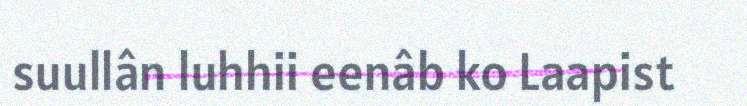
suullân luhhii eenâb ko Laapist